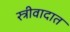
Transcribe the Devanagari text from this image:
स्त्रीवादात